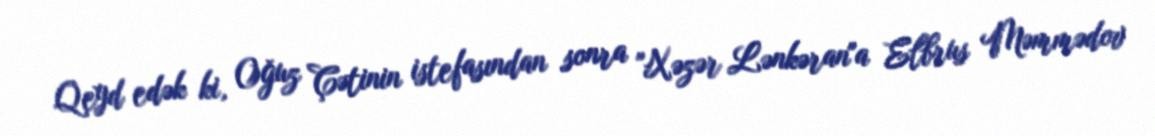
Qeyd edək ki, Oğuz Çətinin istefasından sonra "Xəzər Lənkəran"a Elbrus Məmmədov